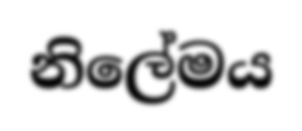
නිලේමය